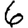
Digit: 6